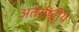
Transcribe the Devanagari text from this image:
अंतर्राष्ट्रीृय